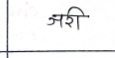
मजकूर: जरी